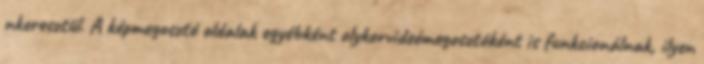
nkeresztül. A képmegosztó oldalak egyébként olykorvideómegosztóként is funkcionálnak, ilyen